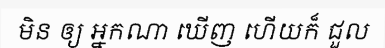
មិន ឲ្យ អ្នកណា ឃើញ ហើយក៏ ជួល